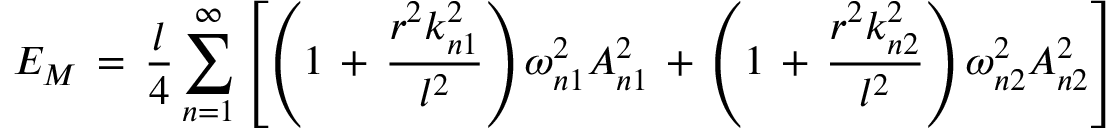
E _ { M } \, = \, \frac { l } { 4 } \sum _ { n = 1 } ^ { \infty } \left[ \left( 1 \, + \, \frac { r ^ { 2 } k _ { n 1 } ^ { 2 } } { l ^ { 2 } } \right) \omega _ { n 1 } ^ { 2 } A _ { n 1 } ^ { 2 } \, + \, \left( 1 \, + \, \frac { r ^ { 2 } k _ { n 2 } ^ { 2 } } { l ^ { 2 } } \right) \omega _ { n 2 } ^ { 2 } A _ { n 2 } ^ { 2 } \right]